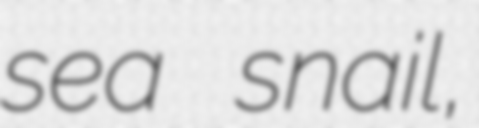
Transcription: sea snail,